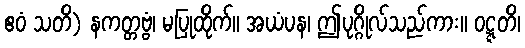
ဧဝံ သတိ) နကတ္တဗ္ဗံ၊ မပြုထိုက်။ အယံပန၊ ဤပုဂ္ဂိုလ်သည်ကား။ ဝဋ္ဋတိ၊